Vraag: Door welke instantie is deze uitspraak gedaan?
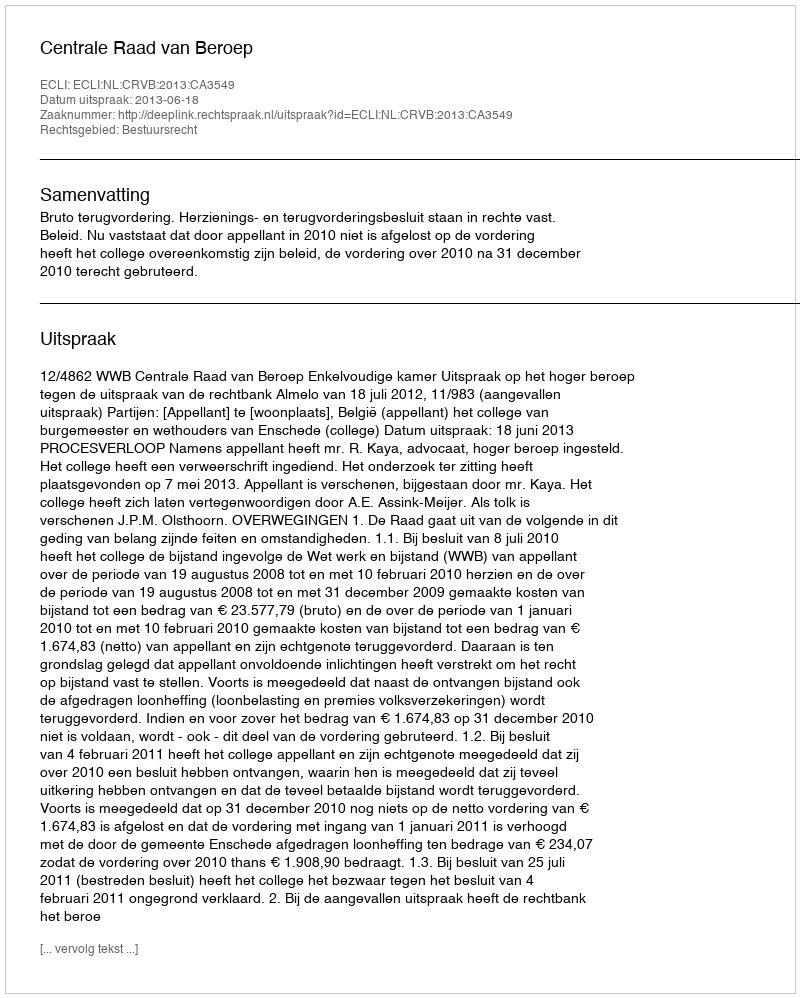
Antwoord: Centrale Raad van Beroep